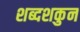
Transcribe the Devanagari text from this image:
शब्दशकुन